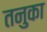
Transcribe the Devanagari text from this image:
तनुका